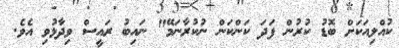
ކުއްލިއަކަށް ބޮޑު ކުރުން ފަދަ ކަންކަން ނުކުރާނަމޭ" ނައިބު ރައީސް ވިދާޅުވި އެވެ.